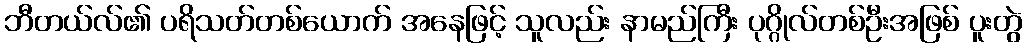
ဘီတယ်လ်၏ ပရိသတ်တစ်ယောက် အနေဖြင့် သူလည်း နာမည်ကြီး ပုဂ္ဂိုလ်တစ်ဦးအဖြစ် ပူးတွဲ